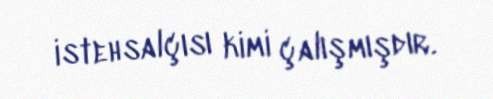
istehsalçısı kimi çalışmışdır.